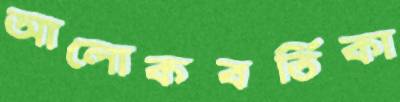
আলোকবর্তিকা